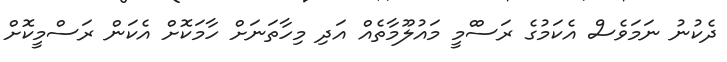
ދެކުނު ނަމަވެސް އެކަމުގެ ރަސްްމީ މައުލޫމާތެއް އަދި މިހާތަނަށް ހާމަކޮށް އެކަން ރަސްމީކޮށް